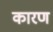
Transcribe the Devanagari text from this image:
कारण